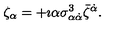
\zeta _ { \alpha } = + \imath \alpha \sigma _ { \alpha \dot { \alpha } } ^ { 3 } \bar { \zeta } ^ { \dot { \alpha } } .